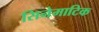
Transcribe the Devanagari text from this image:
सिनेमाटिक